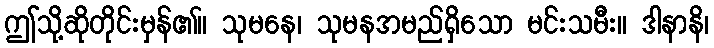
ဤသို့ဆိုတိုင်းမှန်၏။ သုမနေ၊ သုမနအမည်ရှိသော မင်းသမီး။ ဒါနာနိ၊